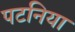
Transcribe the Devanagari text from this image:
पटनिया